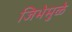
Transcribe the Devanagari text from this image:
जिभेमुळे